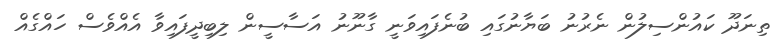
ތިނަދޫ ކައުންސިލުން ނެރުނު ބަޔާނުގައި ބުނެފައިވަނީ ގާނޫނު އަސާސީން ލިބިދީފައިވާ އެއްވެސް ހައްގެއް